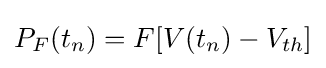
P_{F}(t_{n})=F[V(t_{n})-V_{th}]